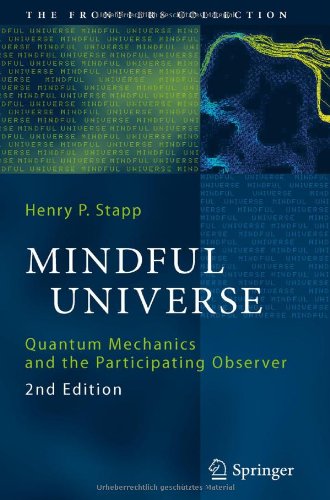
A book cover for Mindful Universe: Quantum Mechanics and the Participating Observer (The Frontiers Collection); Henry P. Stapp; Science & Math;